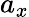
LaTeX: a_{x}